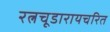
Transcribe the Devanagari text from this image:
रत्नचूडारायचरित